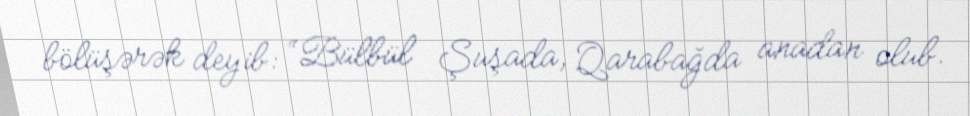
bölüşərək deyib: “Bülbül Şuşada, Qarabağda anadan olub.